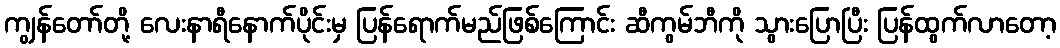
ကျွန်တော်တို့ လေးနာရီနောက်ပိုင်းမှ ပြန်ရောက်မည်ဖြစ်ကြောင်း ဆီကွမ်ဘီကို သွားပြောပြီး ပြန်ထွက်လာတော့